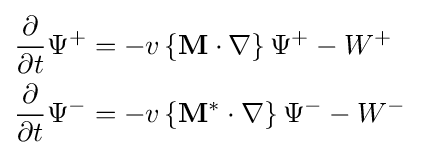
{\begin{aligned}{\frac {\partial }{\partial t}}\Psi ^{+}&=-v\left\{{\mathbf {M} }\cdot {\mathbf {\nabla } }\right\}\Psi ^{+}-W^{+}\,\\{\frac {\partial }{\partial t}}\Psi ^{-}&=-v\left\{{\mathbf {M} }^{*}\cdot {\mathbf {\nabla } }\right\}\Psi ^{-}-W^{-}\,\end{aligned}}